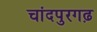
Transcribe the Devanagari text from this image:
चांदपुरगढ़